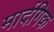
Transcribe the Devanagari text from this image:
मार्दगिक